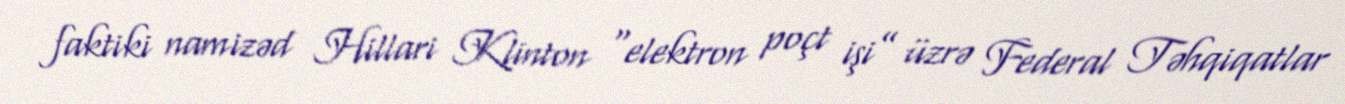
faktiki namizəd Hillari Klinton “elektron poçt işi” üzrə Federal Təhqiqatlar